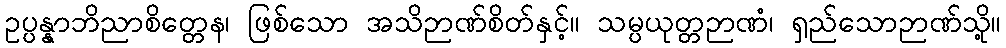
ဥပ္ပန္နာဘိညာစိတ္တေန၊ ဖြစ်သော အသိဉာဏ်စိတ်နှင့်။ သမ္ပယုတ္တဉာဏံ၊ ရှည်သောဉာဏ်သို့။